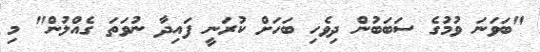
"ބަވަނަ ވުމުގެ ސަބަބުން ދިވެހި ބަހަށް ކުރަނީ ފައިދާ ނުވަތަ ގެއްލުން" މި